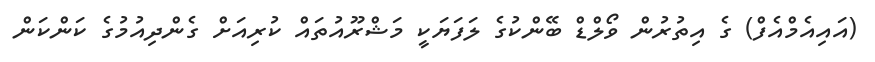
(އައިއެމްއެފް) ގެ އިތުރުން ވޯލްޑް ބޭންކުގެ ލަފަޔަކީ މަޝްރޫއުތައް ކުރިއަށް ގެންދިއުމުގެ ކަންކަން